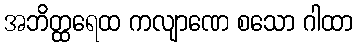
အဘိတ္ထရေထ ကလျာဏေ စသော ဂါထာ